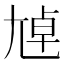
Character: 𡯴